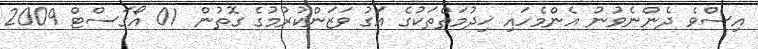
އިސްވެ ދެންނެވުނު އެންމެހައި ޚިދުމަތްތަކުގެ އަގު ވަޒަންކުރުމުގެ ގޮތުން  01 އޯގަސްޓް 2009